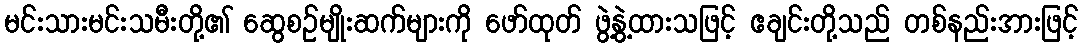
မင်းသားမင်းသမီးတို့၏ ဆွေစဉ်မျိုးဆက်များကို ဖော်ထုတ် ဖွဲ့နွဲ့ထားသဖြင့် ဧချင်းတို့သည် တစ်နည်းအားဖြင့်